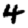
Digit: 4